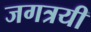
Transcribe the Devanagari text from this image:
जगत्रयी